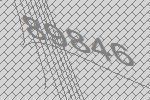
89846